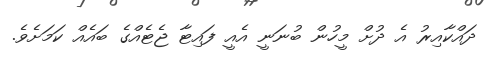
ދައްކާއިރު އެ ދުށް މީހުން ބުނަނީ އެއީ ފައިޓާ ޖެޓެއްގެ ބައެއް ކަމަށެވެ.